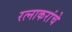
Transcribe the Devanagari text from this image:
रत्नाकरांचे